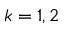
k = 1 , 2